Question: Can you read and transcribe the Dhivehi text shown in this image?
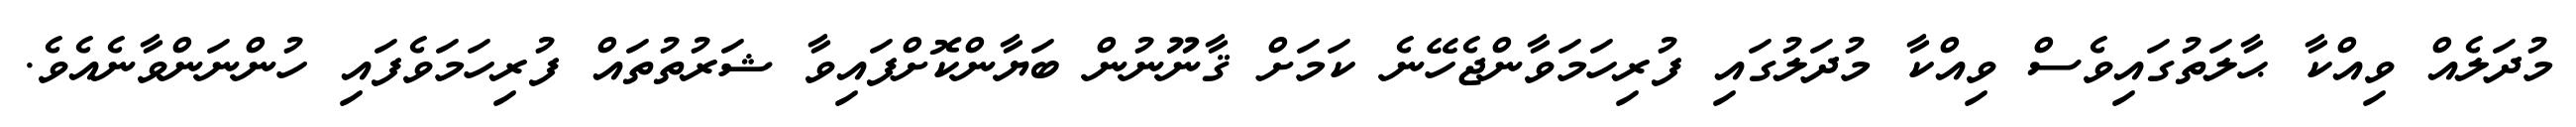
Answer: މުދަލެއް ވިއްކާ ޙާލަތުގައިވެސް ވިއްކާ މުދަލުގައި ފުރިހަމަވާންޖެހޭނެ ކަމަށް ޤާނޫނުން ބަޔާންކޮށްފައިވާ ޝަރުތުތައް ފުރިހަމަވެފައި ހުންނަންވާނެއެވެ.